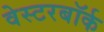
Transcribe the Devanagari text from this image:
वेस्टरबॉर्क